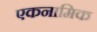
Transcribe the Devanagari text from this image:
एकनामिक